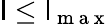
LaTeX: \mathsf{l}\le\mathsf{l}_{\mathrm{{~m~a~x~}}}